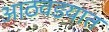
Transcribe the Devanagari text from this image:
आठवडयात